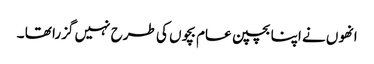
انھوں نے اپنا بچپن عام بچوں کی طرح نہیں گزرا تھا ۔